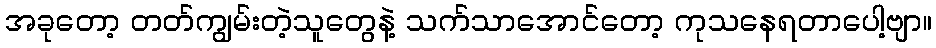
အခုတော့ တတ်ကျွမ်းတဲ့သူတွေနဲ့ သက်သာအောင်တော့ ကုသနေရတာပေါ့ဗျာ။